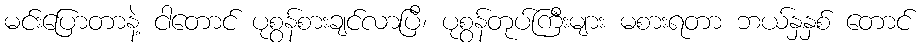
မင်းပြောတာနဲ့ ငါတောင် ပုစွန်စားချင်လာပြီ၊ ပုစွန်တုပ်ကြီးများ မစားရတာ ဘယ်နှနှစ် တောင်